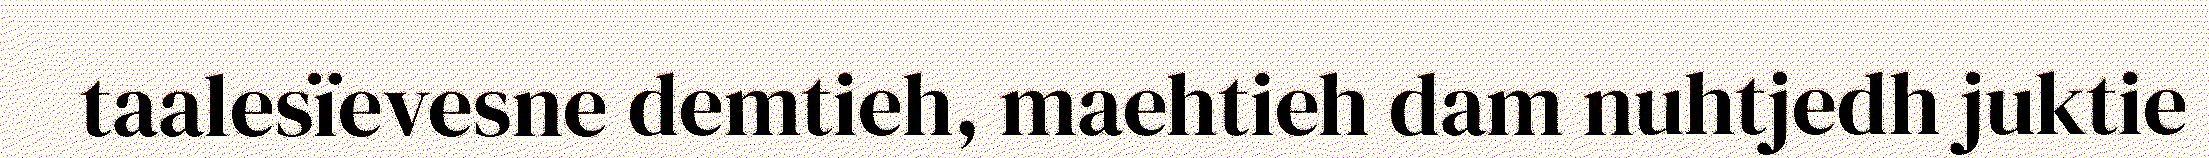
taalesïevesne demtieh, maehtieh dam nuhtjedh juktie